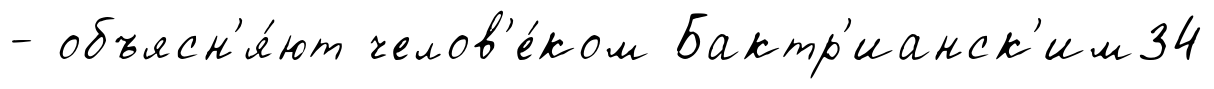
- объясн'я́ют челов'е́ком Бактр'ианск'им34